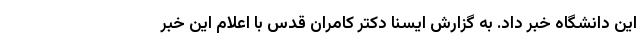
این دانشگاه خبر داد. به گزارش ایسنا دکتر کامران قدس با اعلام این خبر